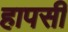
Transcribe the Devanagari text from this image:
हापसी